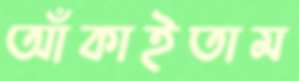
আঁকাইতাম